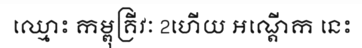
ឈ្មោះ កម្ពុគ្រីវៈ 2ហើយ អណ្តើក នេះ